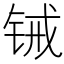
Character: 𬭋